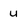
Character: u